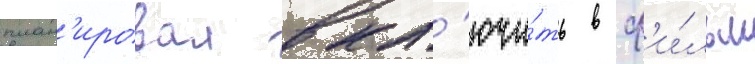
план'ировал вкл'ючи́ть в ф'и́льм